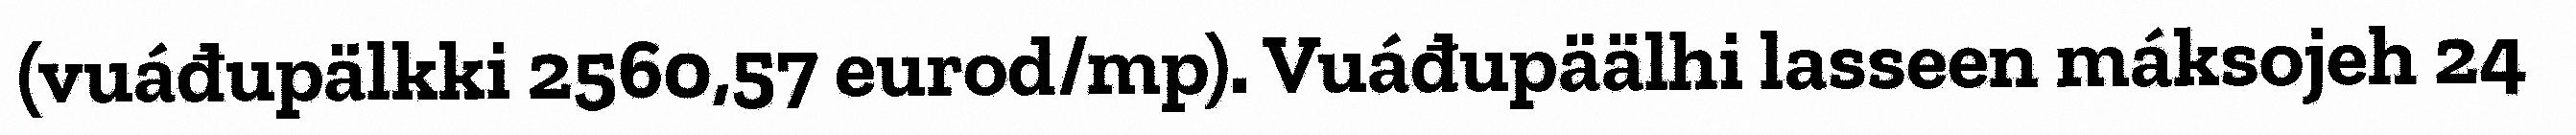
(vuáđupälkki 2560,57 eurod/mp). Vuáđupäälhi lasseen máksojeh 24